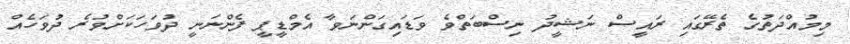
މިމުއްދަތުގެ ތެރޭގައި ރައީސް ނަޝީދު ނިސްބަތްވެ ވަޑައިގަންނަވާ އެމްޑީޕީ ފެންނަނީ ދުވަހަކަށްވުރެ ދުވަހެއް